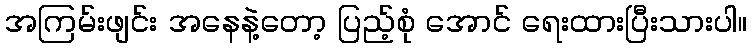
အကြမ်းဖျင်း အနေနဲ့တော့ ပြည့်စုံ အောင် ရေးထားပြီးသားပါ။